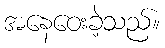
အနေဝေးခဲ့သည်။